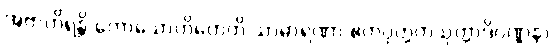
အဗာဟိရန္တိ ကောသောဟိတေတိ သာဓာရဏာ ဧကပုတ္တကသုတ္တာဒိဝဏ္ဏနာ